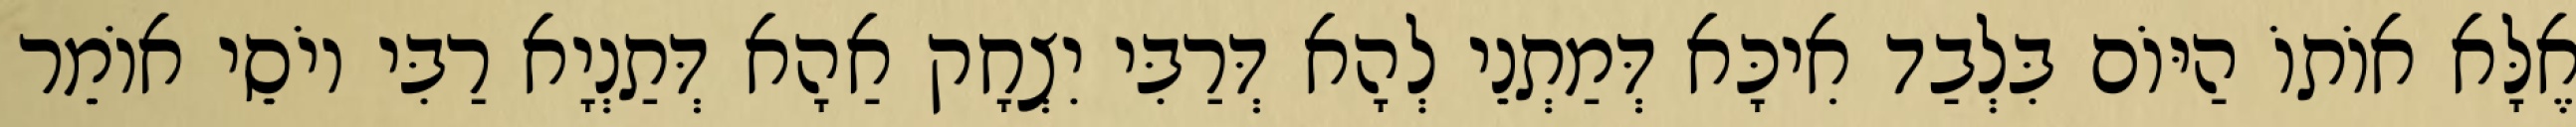
אֶלָּא אוֹתוֹ הַיּוֹם בִּלְבַד אִיכָּא דְּמַתְנֵי לְהָא דְּרַבִּי יִצְחָק אַהָא דְּתַנְיָא רַבִּי יוֹסֵי אוֹמֵר